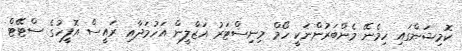
ކޮމިޝަންގައި ހިމެނޭ މެންބަރުންނަކީ ހޯމް މިނިސްޓަރު އަޒްލީން އަހުމަދާއި ރައީސް އޮފީހުގެ ސްޓޭޓް